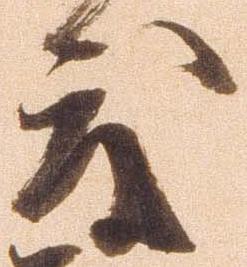
度